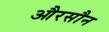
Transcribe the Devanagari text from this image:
औरसौन